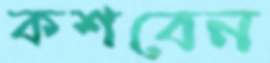
কশবেন